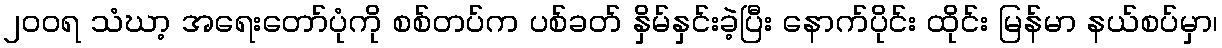
၂ဝဝရ သံဃာ့ အရေးတော်ပုံကို စစ်တပ်က ပစ်ခတ် နှိမ်နှင်းခဲ့ပြီး နောက်ပိုင်း ထိုင်း မြန်မာ နယ်စပ်မှာ၊